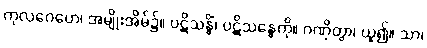
ကုလဂေဟေ၊ အမျိုးအိမ်၌။ ပဋိသန္ဓိံ၊ ပဋိသန္ဓေကို။ ဂဏှိတွာ၊ ယူ၍။ သာ၊